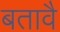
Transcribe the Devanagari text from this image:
बतावै